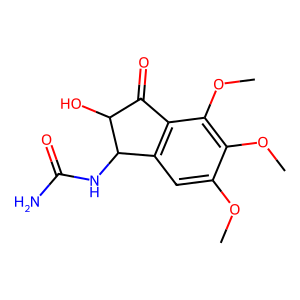
SMILES: COc1cc2c(c(OC)c1OC)C(=O)C(O)C2NC(N)=O
Inhibits HIV replication: No